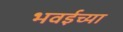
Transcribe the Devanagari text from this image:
भवईच्या